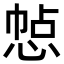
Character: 㥈